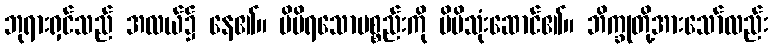
ဘုရားရှင်သည် အလယ်၌ နေ၏။ မိမိရသောပစ္စည်းကို မိမိသုံးဆောင်၏။ ဘိက္ခုတို့အားသော်လည်း